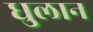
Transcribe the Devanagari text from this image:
धुलान